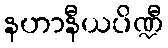
နဟာနီယပိဏ္ဍီ